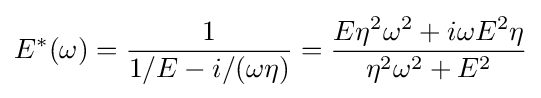
E^{*}(\omega )={\frac {1}{1/E-i/(\omega \eta )}}={\frac {E\eta ^{2}\omega ^{2}+i\omega E^{2}\eta }{\eta ^{2}\omega ^{2}+E^{2}}}